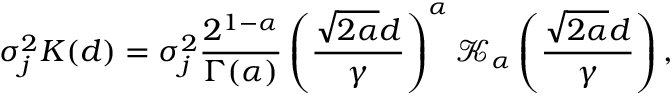
\sigma _ { j } ^ { 2 } K ( d ) = \sigma _ { j } ^ { 2 } \frac { 2 ^ { 1 - \alpha } } { \Gamma ( \alpha ) } \left( \frac { \sqrt { 2 \alpha } d } { \gamma } \right) ^ { \alpha } \mathcal { K } _ { \alpha } \left( \frac { \sqrt { 2 \alpha } d } { \gamma } \right) ,